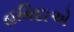
હમિદાએ